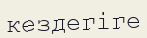
кездегіге